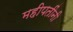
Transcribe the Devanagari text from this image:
महीपतींनी